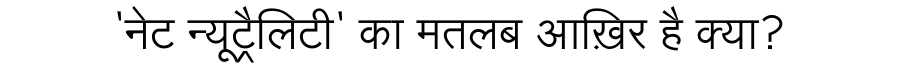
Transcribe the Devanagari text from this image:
'नेट न्यूट्रैलिटी' का मतलब आख़िर है क्या?